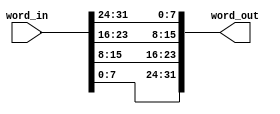
module endian_swapper (
	word_in,
	word_out
);
	localparam rv32i_types_pkg_WORD_SIZE = 32;
	parameter N_BYTES = 4;
	parameter N_BITS = N_BYTES * 8;
	input [N_BITS - 1:0] word_in;
	output [N_BITS - 1:0] word_out;
	generate
		genvar i;
		for (i = 0; i < N_BYTES; i = i + 1) begin : word_assign
			assign word_out[(N_BITS - (8 * i)) - 1:N_BITS - (8 * (i + 1))] = word_in[((i + 1) * 8) - 1:i * 8];
		end
	endgenerate
endmodule